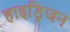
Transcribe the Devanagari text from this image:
हाइड्रिजन